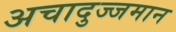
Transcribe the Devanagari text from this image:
अचादुज्जमान